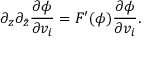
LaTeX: \partial _ { z } \partial _ { \bar { z } } \frac { \partial \phi } { \partial v _ { i } } = F ^ { \prime } ( \phi ) \frac { \partial \phi } { \partial v _ { i } } .